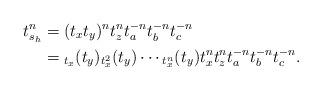
LaTeX: \begin{align*}t_{s_h}^n &= (t_xt_y)^nt_z^nt_a^{-n}t_b^{-n}t_c^{-n} \\&= {}_{t_x}(t_y) {}_{t_x^2}(t_y) \cdots {}_{t_x^n}(t_y) t_x^n t_z^n t_a^{-n}t_b^{-n}t_c^{-n}.\end{align*}